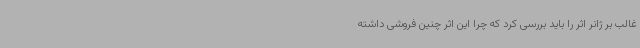
غالب بر ژانر اثر را باید بررسی کرد که چرا این اثر چنین فروشی داشته